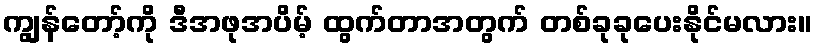
ကျွန်တော့်ကို ဒီအဖုအပိမ့် ထွက်တာအတွက် တစ်ခုခုပေးနိုင်မလား။